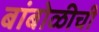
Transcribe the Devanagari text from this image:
बांबोळीची